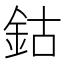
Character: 鈷